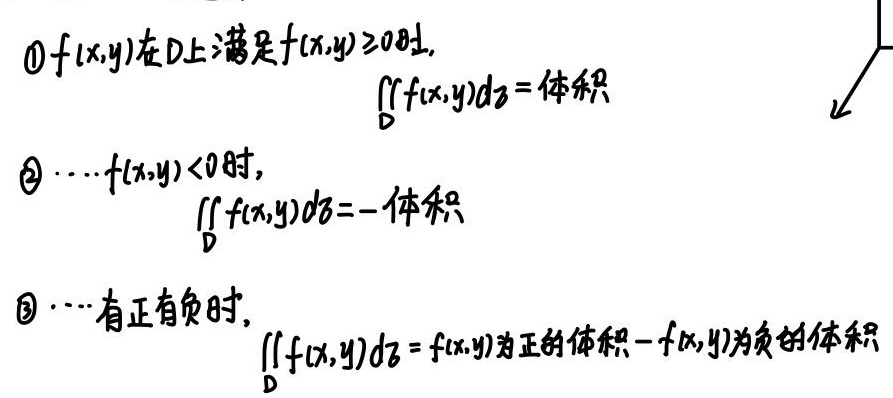
\textcircled{1}$f(x,y)$在$D$上满足$f(x,y)\geq0$时,
\[\iint_{D}f(x,y)d\sigma = \text{体积}\]
\textcircled{2}$\cdots f(x,y)<0$时,
\[\iint_{D}f(x,y)d\sigma = -\text{体积}\]
\textcircled{3}$\cdots$有正有负时,
\[\iint_{D}f(x,y)d\sigma = f(x,y)\text{为正的体积}-f(x,y)\text{为负的体积}\]